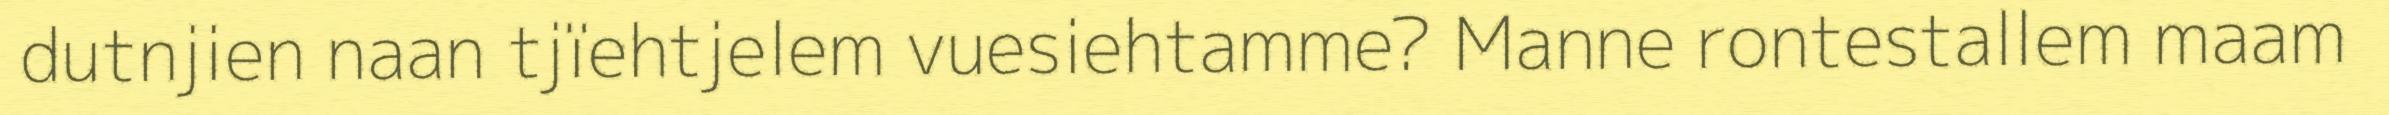
dutnjien naan tjïehtjelem vuesiehtamme? Manne rontestallem maam